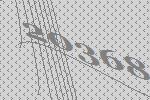
20368